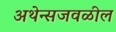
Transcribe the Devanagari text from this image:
अथेन्सजवळील